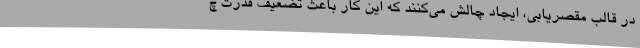
در قالب مقصریابی، ایجاد چالش می‌کنند که این کار باعث تضعیف قدرت چ